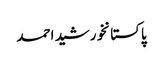
پاکستانخورشید احمد